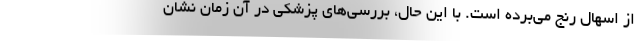
از اسهال رنج می‌برده است. با این حال، بررسی‌های پزشکی در آن زمان نشان